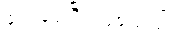
ပေးခဲ့ရပြီး ဖြစ်သည်။